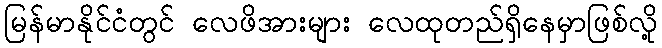
မြန်မာနိုင်ငံတွင် လေဖိအားများ လေထုတည်ရှိနေမှာဖြစ်လို့